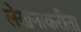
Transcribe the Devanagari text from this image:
लेखनाकरीता